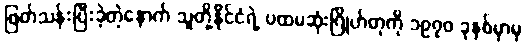
ဖြတ်သန်းပြီးခဲ့တဲ့နောက် သူတို့နိုင်ငံရဲ့ ပထမဆုံးဂြိုဟ်တုကို ၁၉၇၀ ခုနှစ်မှာမှ